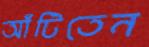
আঁটিতেন